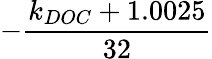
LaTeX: -\frac{k_{DOC}+1.0025}{32}